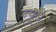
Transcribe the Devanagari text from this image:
न्यूडे